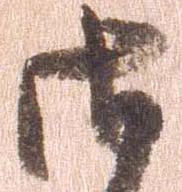
御